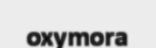
oxymora